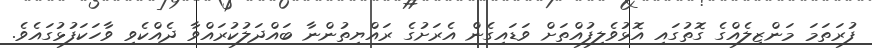
ފުރަތަމަ މަންޒިލެއްގެ ގޮތުގައި އޮޅުވެލިފުއްތަށް ވަޑައިގެން އެރަށުގެ ރައްޔިތުންނާ ބައްދަލުކުރައްވާ ދެއްކެވި ވާހަކަފުޅުގައެވެ.